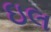
ઇલ